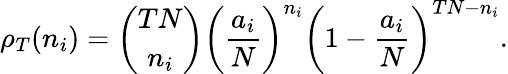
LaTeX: \rho_{T}(n_{i})={{\binom{TN}{n_{i}}}}\bigg(\frac{a_{i}}{N}\bigg)^{n_{i}}\bigg(1-\frac{a_{i}}{N}\bigg)^{TN-n_{i}}.